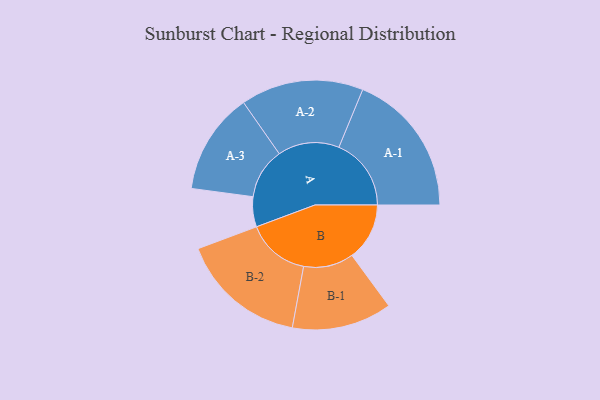
{"axis": {"x": "Segment", "y": "Value"}, "legend": ["", "A", "B"], "data": [{"x": "A", "y": 116, "type": ""}, {"x": "B", "y": 222, "type": ""}, {"x": "A-1", "y": 279, "type": "A"}, {"x": "A-2", "y": 237, "type": "A"}, {"x": "A-3", "y": 196, "type": "A"}, {"x": "B-1", "y": 193, "type": "B"}, {"x": "B-2", "y": 244, "type": "B"}]}